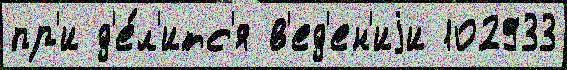
пр'и д'е́л'итс'я в'ед'ен'иjи 102933